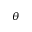
\theta